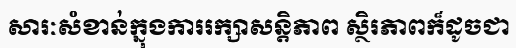
សារៈសំខាន់ក្នុងការរក្សាសន្តិភាព ស្ថិរភាពក៏ដូចជា